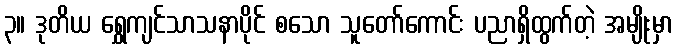
၃။ ဒုတိယ ရွှေကျင်သာသနာပိုင် စသော သူတော်ကောင်း ပညာရှိထွက်တဲ့ အမျိုးမှာ